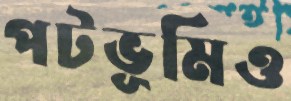
পটভূমিও